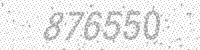
Solution: 876550